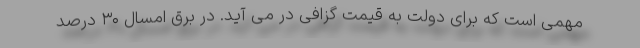
مهمی است که برای دولت به قیمت گزافی در می آید. در برق امسال ۳۰ درصد